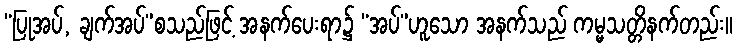
“ပြုအပ်, ချက်အပ်”စသည်ဖြင့် အနက်ပေးရာ၌ “အပ်”ဟူသော အနက်သည် ကမ္မသတ္တိနက်တည်း။